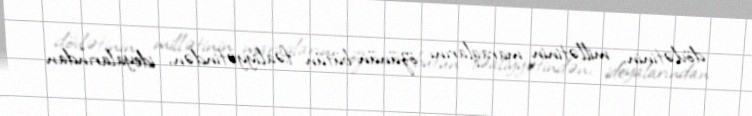
dövlətinin, millətinin maraqlarını özünün bütün fəaliyyətindən, ideyalarından